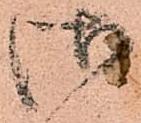
御